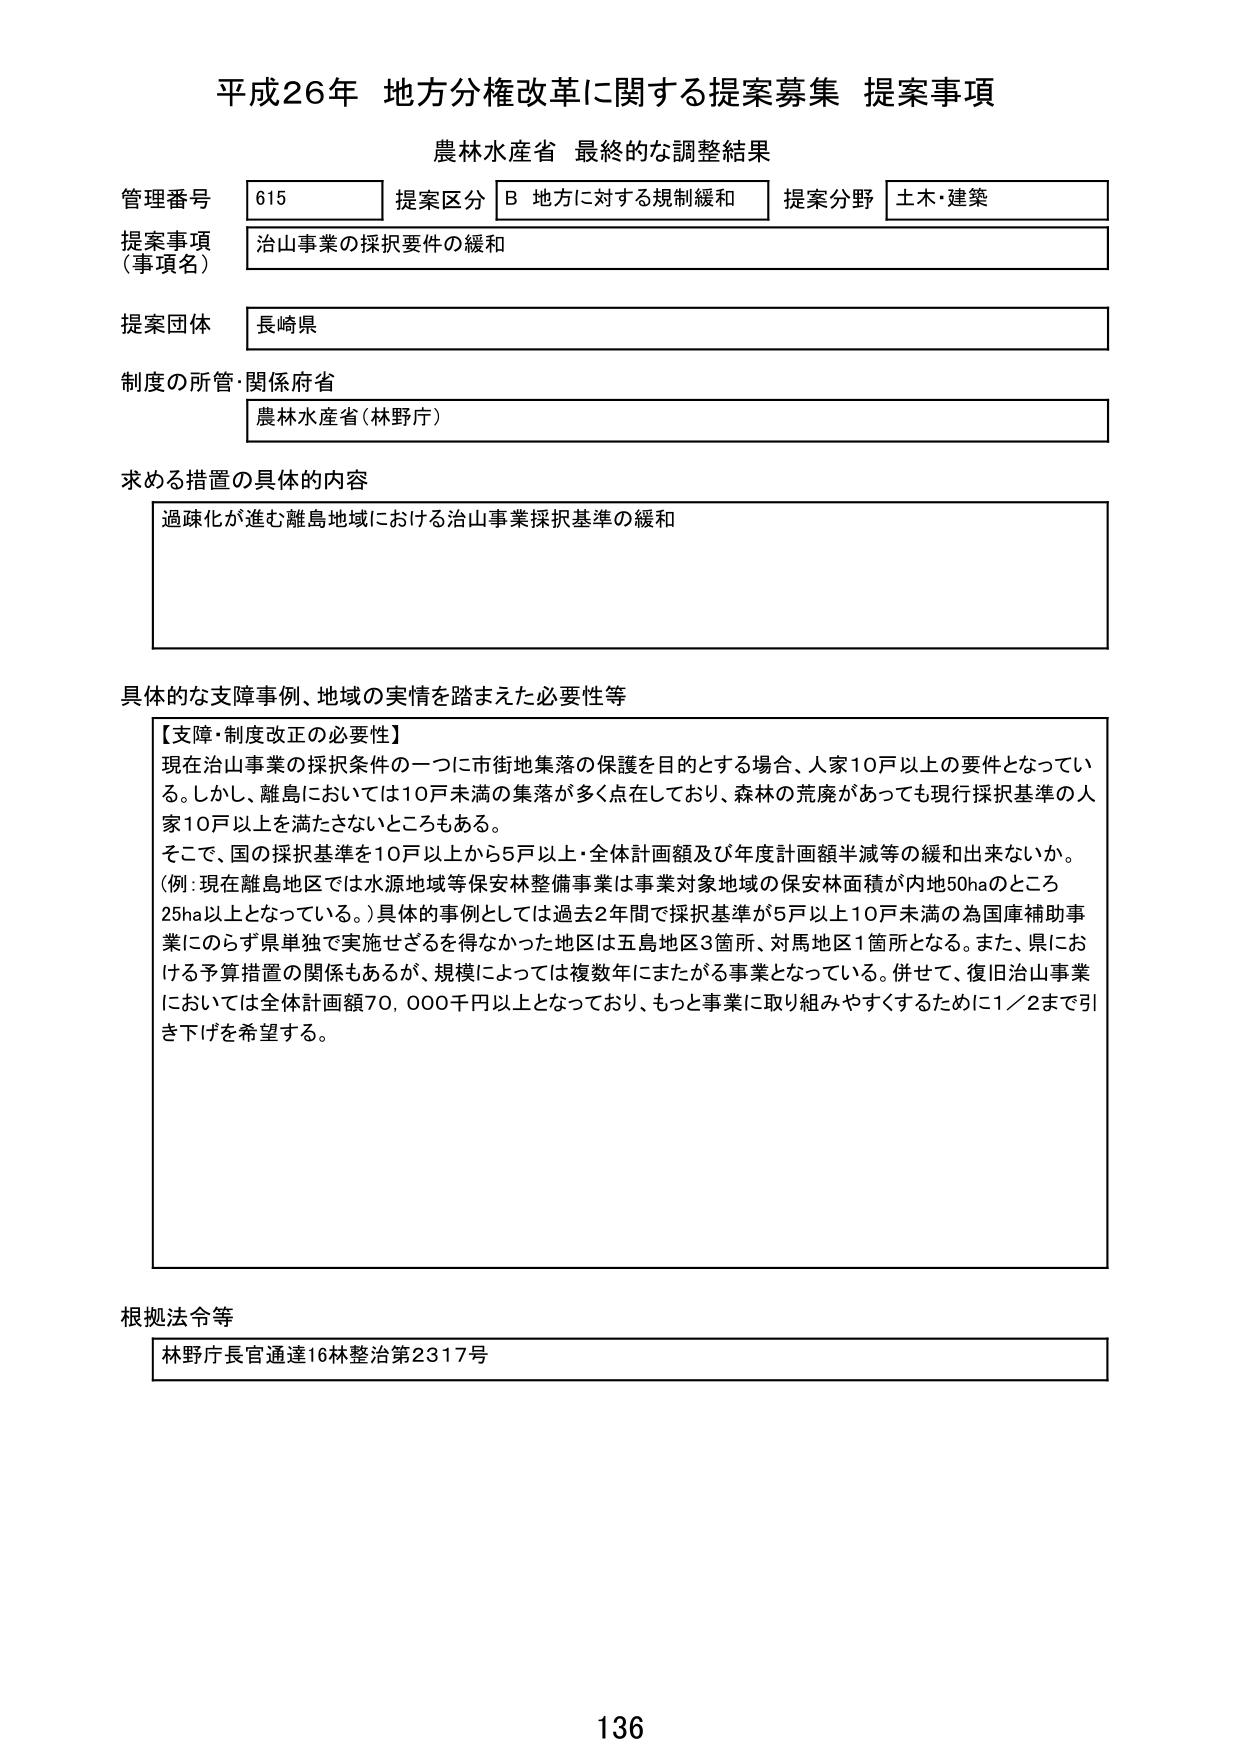
平成26年 地方分権改革に関する提案募集 提案事項
農林水産省 最終的な調整結果

管理番号 615 提案区分 B 地方に対する規制緩和 提案分野 土木・建築
提案事項（事項名） 治山事業の採択要件の緩和
提案団体 長崎県
制度の所管・関係府省 農林水産省（林野庁）

求める措置の具体的内容
過疎化が進む離島地域における治山事業採択基準の緩和

具体的な障害事例、地域の実情を踏まえた必要性等
【支障・制度改正の必要性】
現在治山事業の採択条件の一つに市街地集落の保護を目的とする場合、人家10戸以上の要件となっている。しかし、離島においては10戸未満の集落が多く点在しており、森林の荒廃があっても現行採択基準の人家10戸以上を満たさないところもある。
そこで、国の採択基準を10戸以上から5戸以上・全体計画額及び年度計画額半減等の緩和出来ないか。
（例：現在離島地区では水源地域等保安林整備事業は事業対象地域の保安林面積が内地50haのところ25ha以上となっている。）具体的事例としては過去2年間で採択基準が5戸以上10戸未満の為国庫補助事業にのらず県単独で実施せざるを得なかった地区は五島地区3箇所、対馬地区1箇所となる。また、県における予算措置の関係もあるが、規模によっては複数年にまたがる事業となっている。併せて、復旧治山事業においては全体計画額70,000千円以上となっており、もっと事業に取り組みやすくするために1／2まで引き下げを希望する。

根拠法令等
林野庁長官通達16林整治第2317号

136